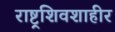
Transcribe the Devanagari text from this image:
राष्ट्रशिवशाहीर